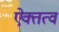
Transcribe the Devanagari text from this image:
ऐक्तत्व